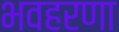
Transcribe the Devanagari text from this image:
भवहरणा